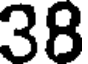
38